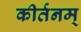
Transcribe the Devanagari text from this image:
कीर्तनम्